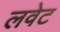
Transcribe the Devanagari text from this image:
लवेट